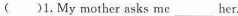
( )1. My mother asks me___ her.